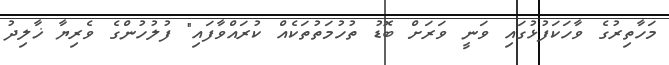
މަހާތިރުގެ ވާހަކަފުޅުގައި ވަނީ ވަަރަށް ބޮޑު ތުހުމަތުތަކެއް ކުރައްވާފައި" ފުލުހުންގެ ވެރިޔާ ޚާލިދު